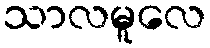
သာလမူလေ